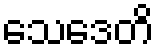
သေဒေတိ